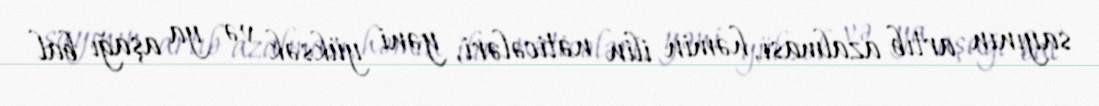
sayının artıb azalması, həmin ilin nəticələri, yəni yüksək və ya aşağı bal